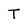
Character: T